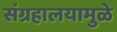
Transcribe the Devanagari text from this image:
संग्रहालयामुळे